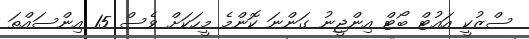
ސްޒުކީ އައުޓް ބޯޓް އިންޖީނު ގަންނަ ކޮންމެ މީހަކަށް ވެސް 15 އިންސައްތަ